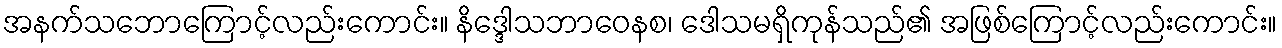
အနက်သဘောကြောင့်လည်းကောင်း။ နိဒ္ဒေါသဘာဝေနစ၊ ဒေါသမရှိကုန်သည်၏ အဖြစ်ကြောင့်လည်းကောင်း။